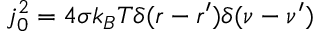
j _ { 0 } ^ { 2 } = 4 \sigma k _ { B } T \delta ( r - r ^ { \prime } ) \delta ( \nu - \nu ^ { \prime } )